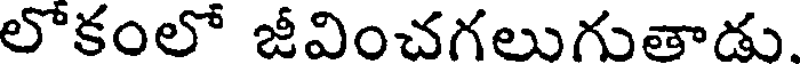
లోకంలో జీవించగలుగుతాడు.